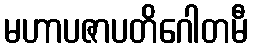
မဟာပဇာပတိဂေါတမီ